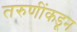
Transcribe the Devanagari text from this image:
तरुणींकडून